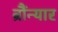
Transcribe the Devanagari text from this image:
ब्रौंन्यार